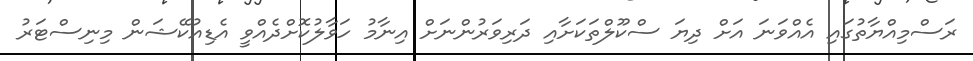
ރަސްމިއްޔާތުގައި އެއްވަނަ އަށް ދިޔަ ސްކޫލްތަކަށާއި ދަރިވަރުންނަށް އިނާމު ހަވާލުކޮށްދެއްވީ އެޑިއުކޭޝަން މިނިސްޓަރު